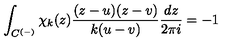
\int _ { C ^ { ( - ) } } \chi _ { k } ( z ) \frac { ( z - u ) ( z - v ) } { k ( u - v ) } \frac { d z } { 2 \pi i } = - 1